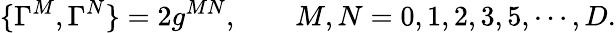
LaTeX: \{ \Gamma^{M},\Gamma^{N}\} =2g^{MN},\qquad M,N=0,1,2,3,5,\cdots,D.